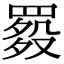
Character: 𦋲